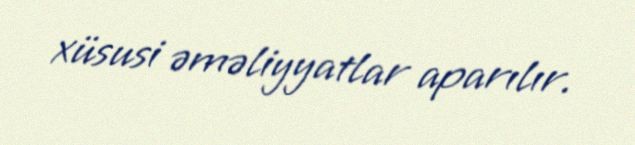
xüsusi əməliyyatlar aparılır.